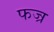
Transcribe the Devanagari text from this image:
फज्र